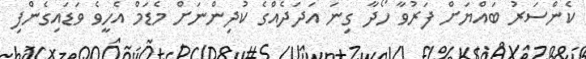
ކެންސަރު ބައްޔަށް ފަރުވާ ހޯދާ ގިނަ އަދަދެއްގެ ކުދިންނަށް މެޑަމް އެހީވެ ވަޑައިގެންފި